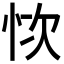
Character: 𢙊